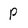
Character: p